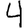
Digit: 4